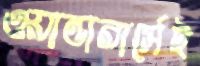
ওয়ান্ডারার্সেই